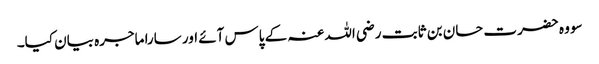
سو وہ حضرت حسان بن ثابت رضی اللہ عنہ کے پاس آئے اور سارا ماجرہ بیان کیا۔